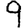
Digit: 9